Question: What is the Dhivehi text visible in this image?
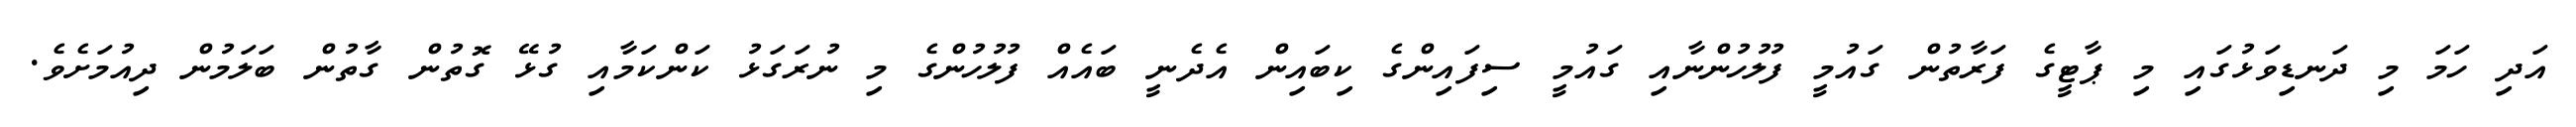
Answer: އަދި ހަމަ މި ދަނޑިވަޅުގައި މި ޕާޓީގެ ފަރާތުން ގައުމީ ފުލުހުންނާއި ގައުމީ ސިފައިންގެ ކިބައިން އެދެނީ ބައެއް ފުލުހުންގެ މި ނުރަގަޅު ކަންކަމާއި ގުޅޭ ގޮތުން ގާތުން ބަލަމުން ދިއުމަށެވެ.